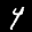
Label: 4